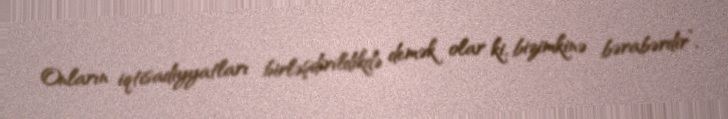
Onların iqtisadiyyatları birləşdirildikdə demək olar ki, bizimkinə bərabərdir”,